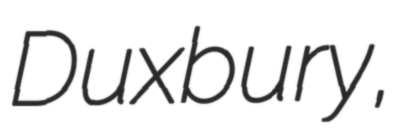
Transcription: Duxbury,